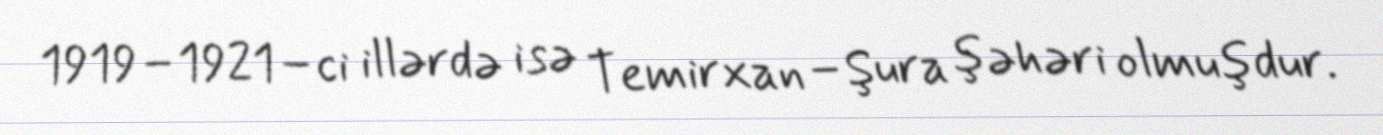
1919–1921–ci illərdə isə Temirxan–Şura şəhəri olmuşdur.